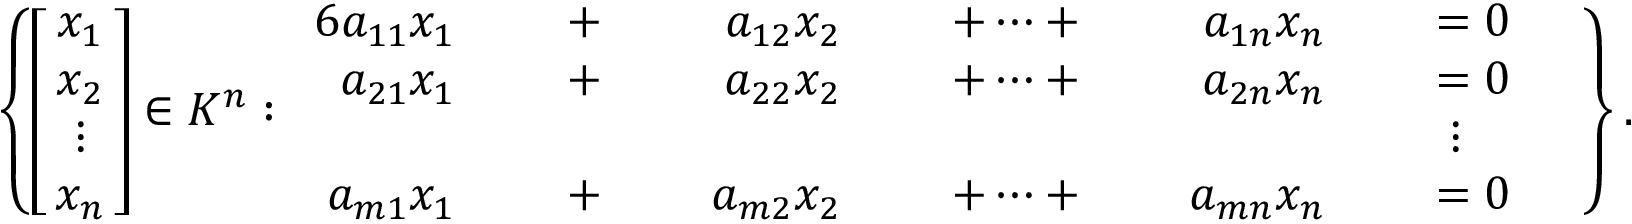
\left\{ \left[ \! \! { \begin{array} { c } { x _ { 1 } } \\ { x _ { 2 } } \\ { \vdots } \\ { x _ { n } } \end{array} } \! \! \right] \in K ^ { n } : { \begin{array} { r l r l r l r l r l r l } { { 6 } a _ { 1 1 } x _ { 1 } } & { } & { \; + \; } & { } & { a _ { 1 2 } x _ { 2 } } & { } & { \; + \cdots + \; } & { } & { a _ { 1 n } x _ { n } } & { } & { \; = 0 } & { } \\ { a _ { 2 1 } x _ { 1 } } & { } & { \; + \; } & { } & { a _ { 2 2 } x _ { 2 } } & { } & { \; + \cdots + \; } & { } & { a _ { 2 n } x _ { n } } & { } & { \; = 0 } & { } \\ & { } & & { } & & { } & & { } & & { } & { \vdots \quad } & { } \\ { a _ { m 1 } x _ { 1 } } & { } & { \; + \; } & { } & { a _ { m 2 } x _ { 2 } } & { } & { \; + \cdots + \; } & { } & { a _ { m n } x _ { n } } & { } & { \; = 0 } & { } \end{array} } \right\} .